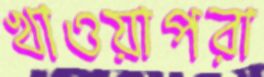
খাওয়াপরা